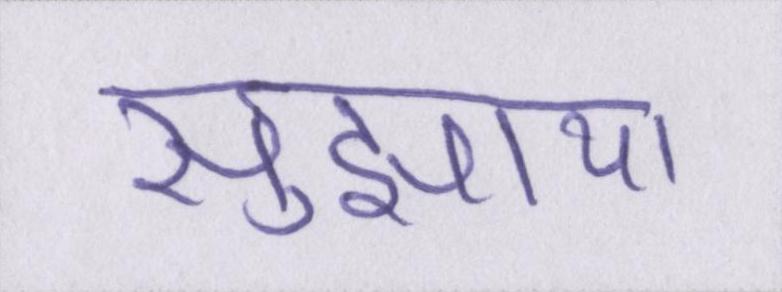
सुझाया